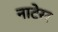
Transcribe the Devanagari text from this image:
नाटेरर